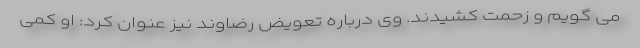
می گویم و زحمت کشیدند. وی درباره تعویض رضاوند نیز عنوان کرد: او کمی